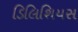
ડિલિશિયસ